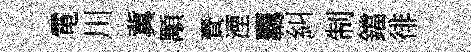
電川冀顒賚湮覊糾制鐺徘